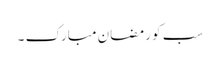
سب کو رمضان مبارک ۔